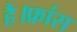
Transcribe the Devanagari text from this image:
है।फ्रांस